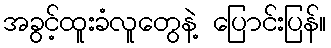
အခွင့်ထူးခံလူတွေနဲ့ ပြောင်းပြန်။